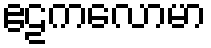
ဧဠကလောမာ